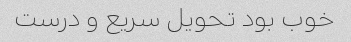
خوب بود تحویل سریع و درست